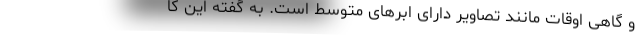
و گاهی اوقات مانند تصاویر دارای ابر‌های متوسط است. به گفته این کا